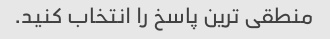
منطقی ترین پاسخ را انتخاب کنید.